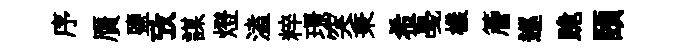
序贋鹽攷謀燈溘粹璟突秉希戞樣簷巡跪頤